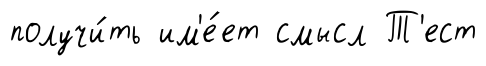
получи́ть им'е́ет смысл Т'ест